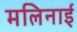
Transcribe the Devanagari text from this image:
मलिनाई